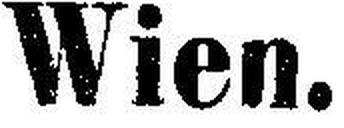
Wien.